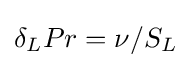
\delta _{L}Pr=\nu /S_{L}